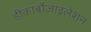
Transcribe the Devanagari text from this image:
डीकार्बोज़ाइलेशन